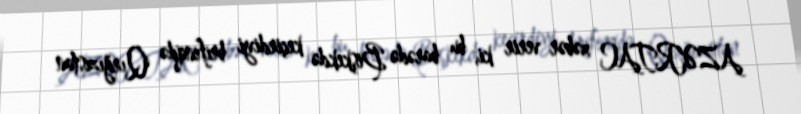
AZƏRTAC xəbər verir ki, bu barədə Bişkekdə keçirdiyi brifinqdə Qırğızıstan